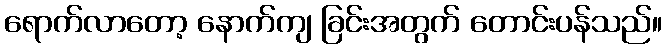
ရောက်လာတော့ နောက်ကျ ခြင်းအတွက် တောင်းပန်သည်။